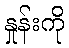
နှုန်းကို